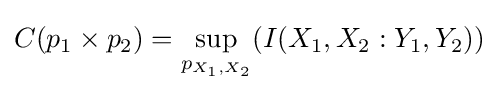
C(p_{1}\times p_{2})=\sup _{p_{X_{1},X_{2}}}(I(X_{1},X_{2}:Y_{1},Y_{2}))